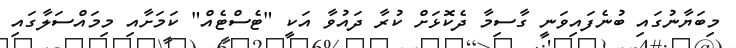
މިބަޔާނުގައި ބުނެފައިވަނީ ގާސިމާ ދެކޮޅަށް ކުރާ ދައުވާ އަކީ "ޓެސްޓެއް" ކަމަށާއި މިމައްސަލާގައި